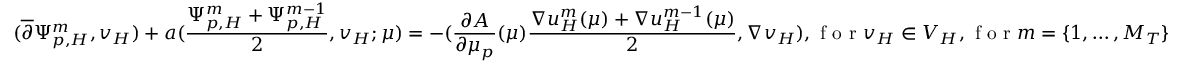
( \overline { { \partial } } \Psi _ { p , H } ^ { m } , v _ { H } ) + a ( \frac { \Psi _ { p , H } ^ { m } + \Psi _ { p , H } ^ { m - 1 } } { 2 } , v _ { H } ; \mu ) = - ( \frac { \partial A } { \partial \mu _ { p } } ( \mu ) \frac { \nabla u _ { H } ^ { m } ( \mu ) + \nabla u _ { H } ^ { m - 1 } ( \mu ) } { 2 } , \nabla v _ { H } ) , \textrm { f o r } v _ { H } \in V _ { H } , \textrm { f o r } m = \{ 1 , \dots , M _ { T } \}